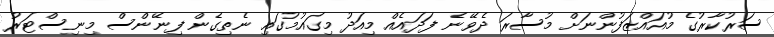
ސަރުކާރުގެ މުއައްޒަފުންނަށް މުސާރަ ދެވޭނެ ފަދައެއް މިއަދު މިގައުމުގައި ނެތިގެން ފިނޭންސް މިނިސްޓަރު